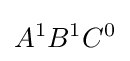
A^{1}B^{1}C^{0}